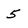
Character: 5